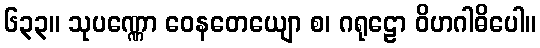
၆၃၃။ သုပဏ္ဏော ဝေနတေယျော စ၊ ဂရုဠော ဝိဟဂါဓိပေါ။